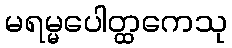
မရမ္မပေါတ္ထကေသု